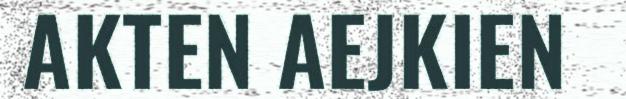
AKTEN AEJKIEN